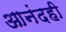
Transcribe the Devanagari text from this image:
आनंदही